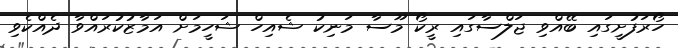
ހޯރަފުށީގައި ބޭއްވި ޖަލްސާގައި ރީކޯ މޫސާ މަނިކު ޝެއިހް ޝަހީމަށް އަމާޒުކުރައްވާ ދެއްކެވި